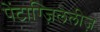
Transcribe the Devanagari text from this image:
पेंटाग्ज़िलेलीज़